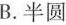
B.半圆